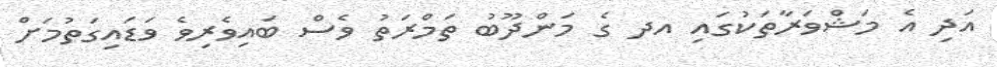
އަދި އެ މަޝްވަރާތަކުގައި އދ ގެ މަންދޫބު ތަމްރަތު ވެސް ބައިވެރިވެ ވަޑައިގަތުމަށް